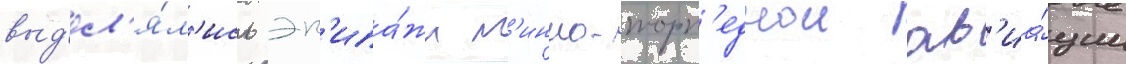
выд'ел'я́л'ись эк'ипа́жи м'инно-торп'еднои ав'иа́ции